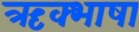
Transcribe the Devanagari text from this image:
ऋक्भाषा